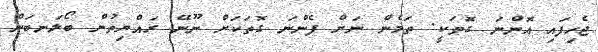
ޖެހިފައި އޮންނަ ގޮތަކީ. ތަމެން ނަށް ފެންނަ ގޮތަކަށް ނޫނޭ ރައްޔިތުން ބޯލަނބަން